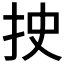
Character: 𰓐